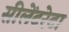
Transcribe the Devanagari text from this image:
सीलेंटरेटा